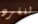
للفرد